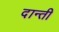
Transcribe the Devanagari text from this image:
दान्ती